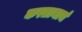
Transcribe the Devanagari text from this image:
करतानाचं